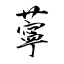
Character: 薴